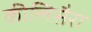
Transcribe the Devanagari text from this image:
कीलिसैरा